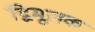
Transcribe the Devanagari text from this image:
द्विमूलक